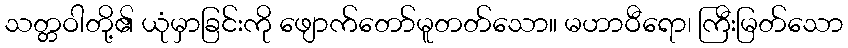
သတ္တဝါတို့၏ ယုံမှာခြင်းကို ဖျောက်တော်မူတတ်သော။ မဟာဝီရော၊ ကြီးမြတ်သော